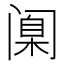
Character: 𫔶